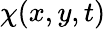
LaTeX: \chi(x,y,t)